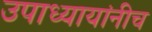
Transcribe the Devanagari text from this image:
उपाध्यायांनीच